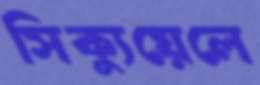
সিক্যুয়েলে